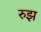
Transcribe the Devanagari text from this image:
रुझ